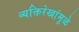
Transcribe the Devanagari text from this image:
व्यक्तिरेखांमुळे